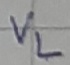
Text: VL